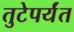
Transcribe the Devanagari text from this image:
तुटेपर्यंत